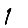
Digit: 1